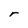
Character: r